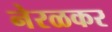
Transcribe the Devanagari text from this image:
नेरळकर